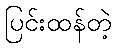
ပြင်းထန်တဲ့